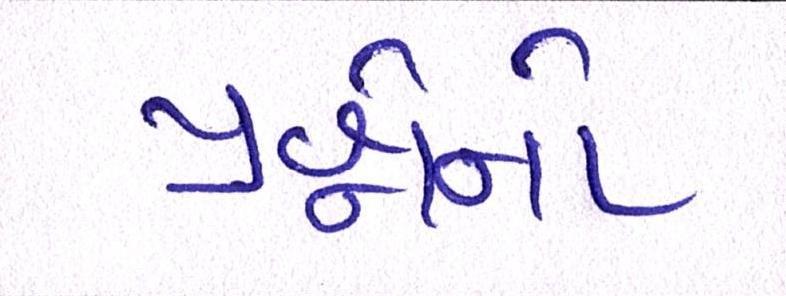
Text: પ્રશ્નોનો